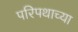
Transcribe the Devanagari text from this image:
परिपथाच्या